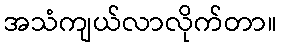
အသံကျယ်လာလိုက်တာ။